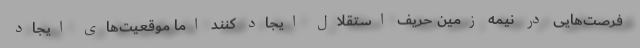
فرصت‌هایی در نیمه زمین حریف استقلال ایجاد کنند اما موقعیت‌های ایجاد